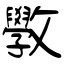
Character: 斆